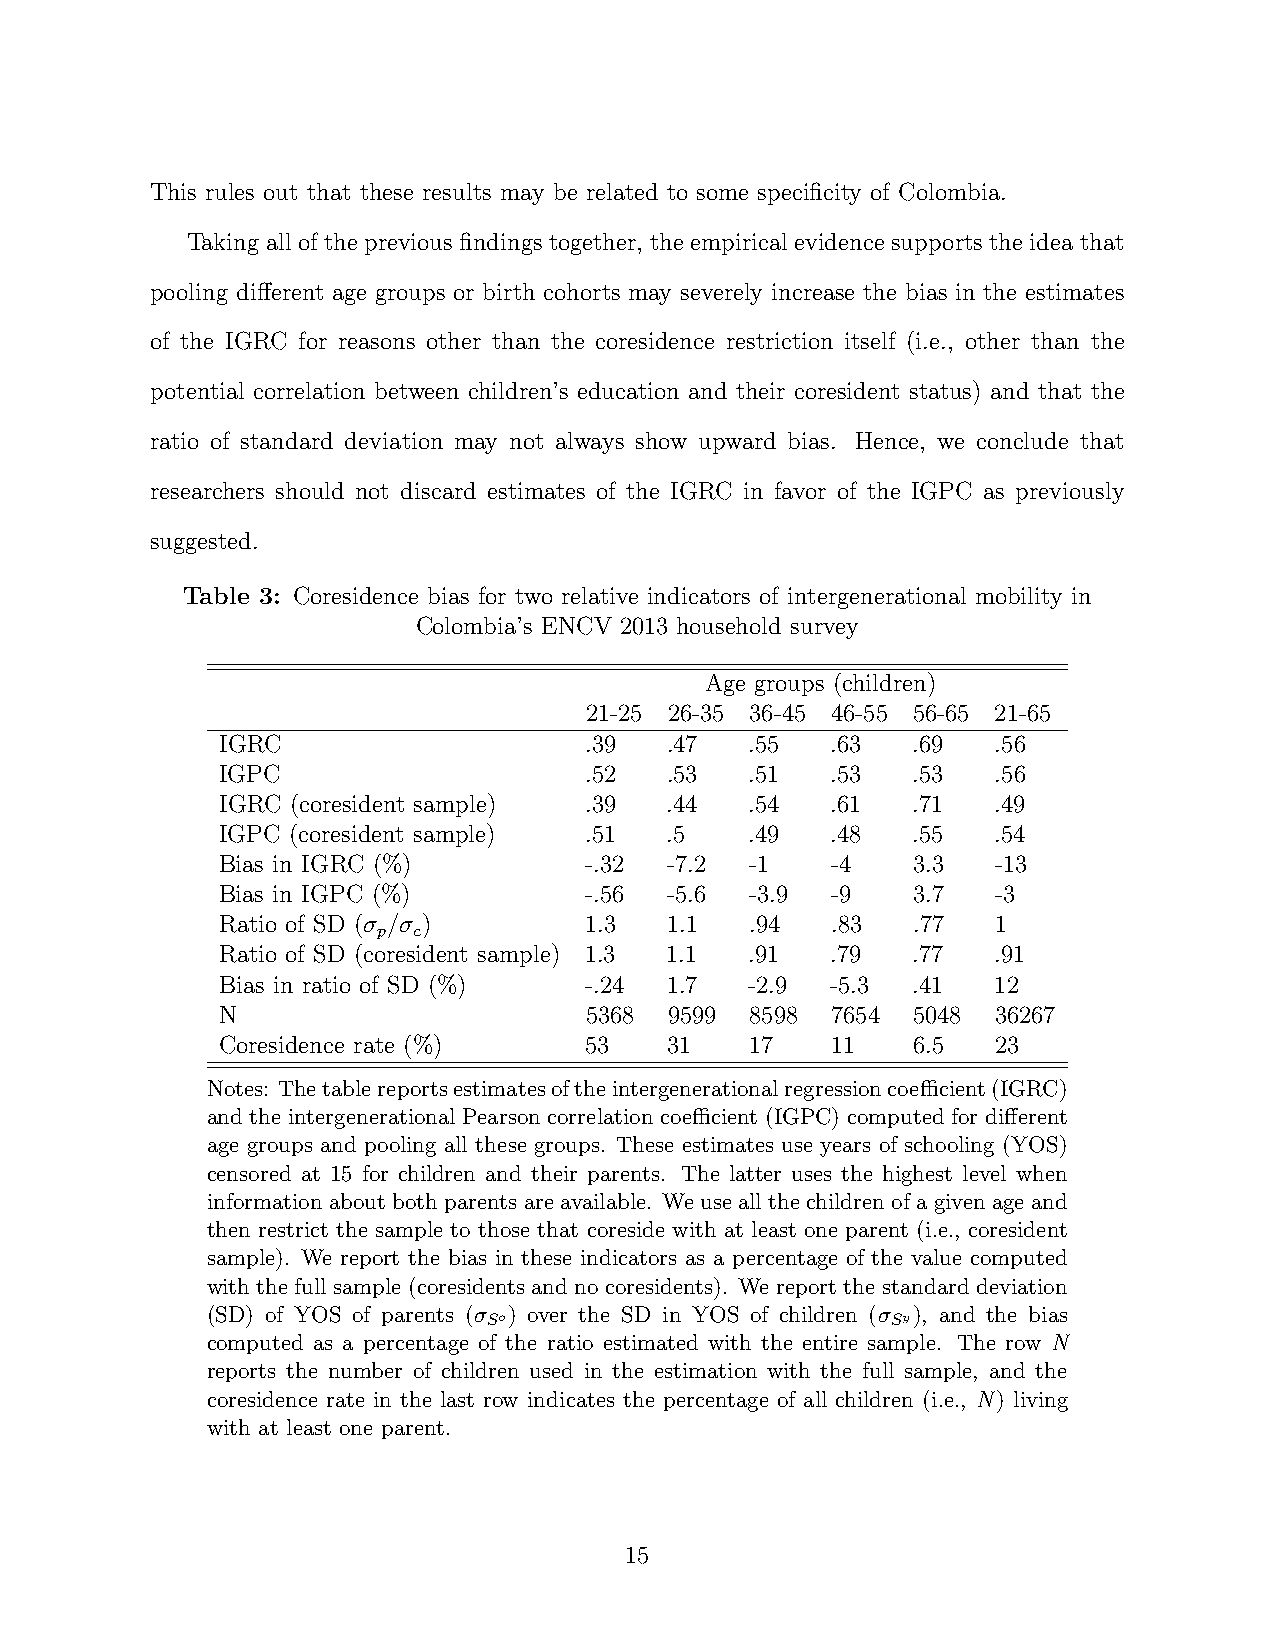
This rules out that these results may be related to some specificity of Colombia.
 Taking all of the previous findings together, the empirical evidence supports the idea that
 pooling different age groups or birth cohorts may severely increase the bias in the estimates
 of the IGRC for reasons other than the coresidence restriction itself (i.e., other than the
 potential correlation between children’s education and their coresident status) and that the
 ratio of standard deviation may not always show upward bias. Hence, we conclude that
 researchers should not discard estimates of the IGRC in favor of the IGPC as previously
 suggested.
 Table 3: Coresidence bias for two relative indicators of intergenerational mobility in
 Colombia’s ENCV 2013 household survey
 Age groups (children)
 21-25 26-35 36-45 46-55 56-65 21-65
 IGRC                    .39  .47   .55  .63  .69   .56
 IGPC                    .52  .53   .51  .53  .53   .56
 IGRC (coresident sample) .39 .44   .54  .61  .71   .49
 IGPC (coresident sample) .51 .5    .49  .48  .55   .54
 Bias in IGRC (%)        -.32 -7.2  -1   -4   3.3   -13
 Bias in IGPC (%)        -.56 -5.6  -3.9 -9   3.7   -3
 Ratio of SD (σ /σ )     1.3  1.1   .94  .83  .77   1
 p c
 Ratio of SD (coresident sample) 1.3 1.1 .91 .79 .77 .91
 Bias in ratio of SD (%) -.24 1.7   -2.9 -5.3 .41   12
 N                       5368 9599  8598 7654 5048  36267
 Coresidence rate (%)    53   31    17   11   6.5   23
 Notes: Thetablereportsestimatesoftheintergenerationalregressioncoefficient(IGRC)
 and the intergenerational Pearson correlation coefficient (IGPC) computed for different
 age groups and pooling all these groups. These estimates use years of schooling (YOS)
 censored at 15 for children and their parents. The latter uses the highest level when
 information about both parents are available. We use all the children of a given age and
 then restrict the sample to those that coreside with at least one parent (i.e., coresident
 sample). We report the bias in these indicators as a percentage of the value computed
 with the full sample (coresidents and no coresidents). We report the standard deviation
 (SD) of YOS of parents (σ ) over the SD in YOS of children (σ ), and the bias
 So                         Sy
 computed as a percentage of the ratio estimated with the entire sample. The row N
 reports the number of children used in the estimation with the full sample, and the
 coresidence rate in the last row indicates the percentage of all children (i.e., N) living
 with at least one parent.
 15